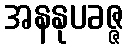
အနနုပခဇ္ဇ